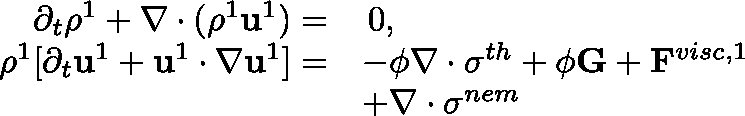
\begin{array} { r l } { \partial _ { t } \rho ^ { 1 } + \mathbf { \nabla } \cdot ( \rho ^ { 1 } \mathbf { u } ^ { 1 } ) = } & { \, 0 , } \\ { \rho ^ { 1 } [ \partial _ { t } \mathbf { u } ^ { 1 } + \mathbf { u } ^ { 1 } \cdot \mathbf { \nabla } \mathbf { u } ^ { 1 } ] = } & { - \phi \mathbf { \nabla } \cdot \mathbf { \sigma } ^ { t h } + \phi \mathbf { G } + \mathbf { F } ^ { v i s c , 1 } } \\ & { + \mathbf { \nabla } \cdot \mathbf { \sigma } ^ { n e m } } \end{array}